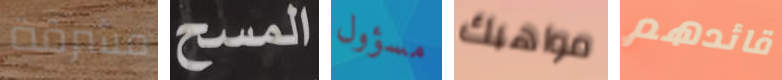
مشرقة المسح مسؤول مواهبك قائدهم